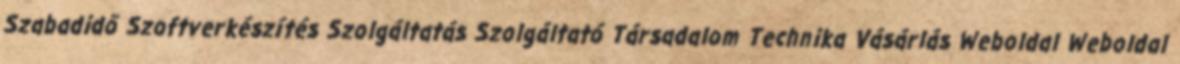
Szabadidő Szoftverkészítés Szolgáltatás Szolgáltató Társadalom Technika Vásárlás Weboldal Weboldal